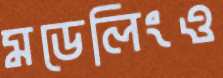
মডেলিংও